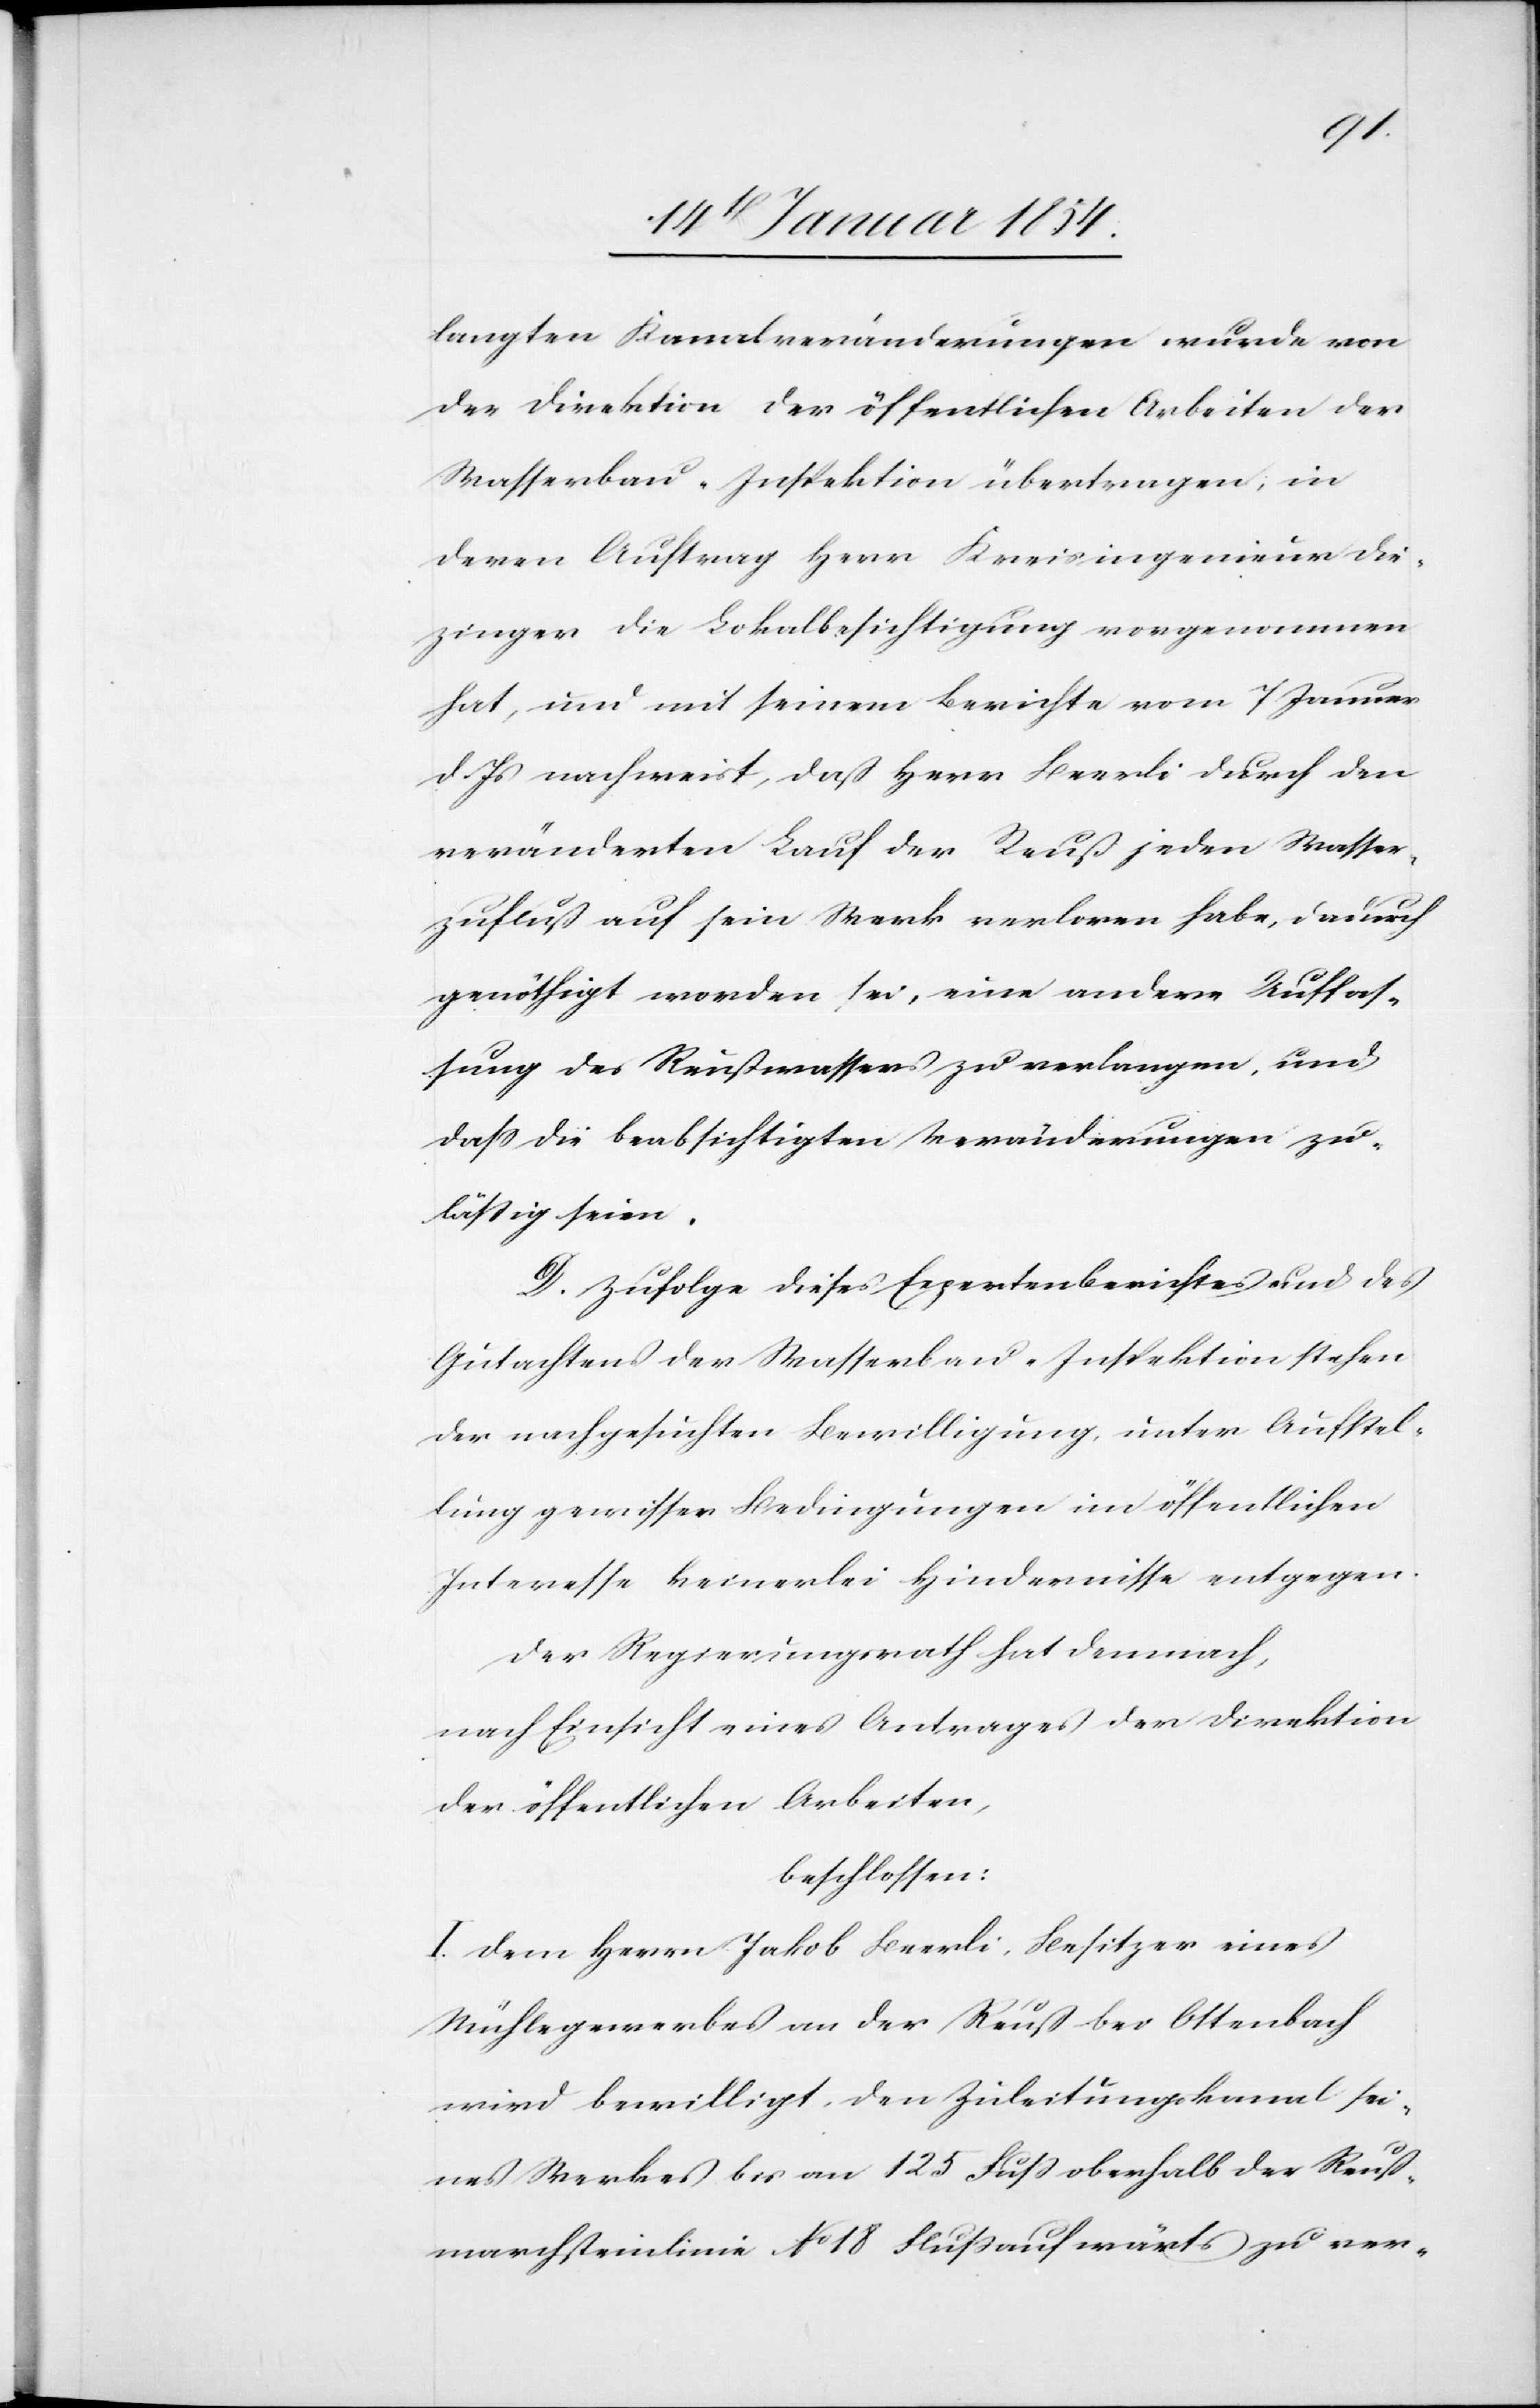
langten Kanalveränderungen wurde von
der Direktion der öffentlichen Arbeiten der
Wasserbau-Inspektion übertragen; in
deren Auftrag Herr Kreisingenieur Die¬
zinger die Lokalbesichtigung vorgenommen
hat, und mit seinem Berichte vom 7 Januar
d. Js nachweist, daß Herr Beerli durch den
veränderten Lauf der Reuß jeden Wasser¬
zufluß auf sein Werk verloren habe, dadurch
genöthigt worden sei, eine andere Aufhal¬
tung des Reußwassers zu verlangen, und
daß die beabsichtigten Veränderungen zu¬
läßig seien.
D. Zufolge dieses Expertenberichtes und des
Gutachtens der Wasserbau-Inspektion stehen
der nachgesuchten Bewilligung, unter Aufstel¬
lung gewisser Bedingungen im öffentlichen
Interesse keinerlei Hindernisse entgegen.
Der Regierungsrath hat demnach,
nach Einsicht eines Antrages der Direktion
der öffentlichen Arbeiten,
beschlossen:
I. Dem Herrn Jakob Beerli, Besitzer eines
Mühlegewerbes an der Reuß bei Ottenbach
wird bewilligt, den Zuleitungskanal sei¬
nes Werkes bis an 125 Fuß oberhalb der Reuß¬
marchsteinlinie No 18 flußaufwärts zu ver-